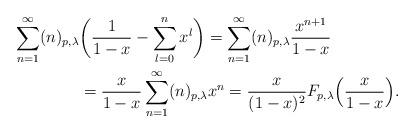
LaTeX: \begin{align*}\sum_{n=1}^{\infty}(n)_{p,\lambda}&\bigg(\frac{1}{1-x}-\sum_{l=0}^{n}x^{l}\bigg)=\sum_{n=1}^{\infty}(n)_{p,\lambda}\frac{x^{n+1}}{1-x} \\&=\frac{x}{1-x}\sum_{n=1}^{\infty}(n)_{p,\lambda}x^{n}=\frac{x}{(1-x)^2}F_{p,\lambda}\Big(\frac{x}{1-x}\Big).\end{align*}